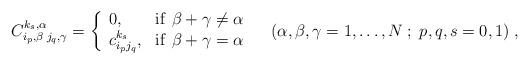
LaTeX: \begin{align*}C_{i_{ p},\beta \; j_{ q},\gamma}^{k_{ s},\alpha}= \left\{\begin{array}{lll}0, & \mathrm{if} \ \beta + \gamma \neq \alpha \\c_{i_{ p}j_{ q}}^{k_{s}}, & \mathrm{if} \ \beta + \gamma = \alpha\end{array} \right. \quad ( \alpha, \beta, \gamma = 1, \ldots ,N\;;\;p,q,s=0,1) \; ,\end{align*}